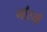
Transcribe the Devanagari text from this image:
गौरखे